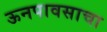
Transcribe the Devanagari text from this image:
ऊनपावसाचा